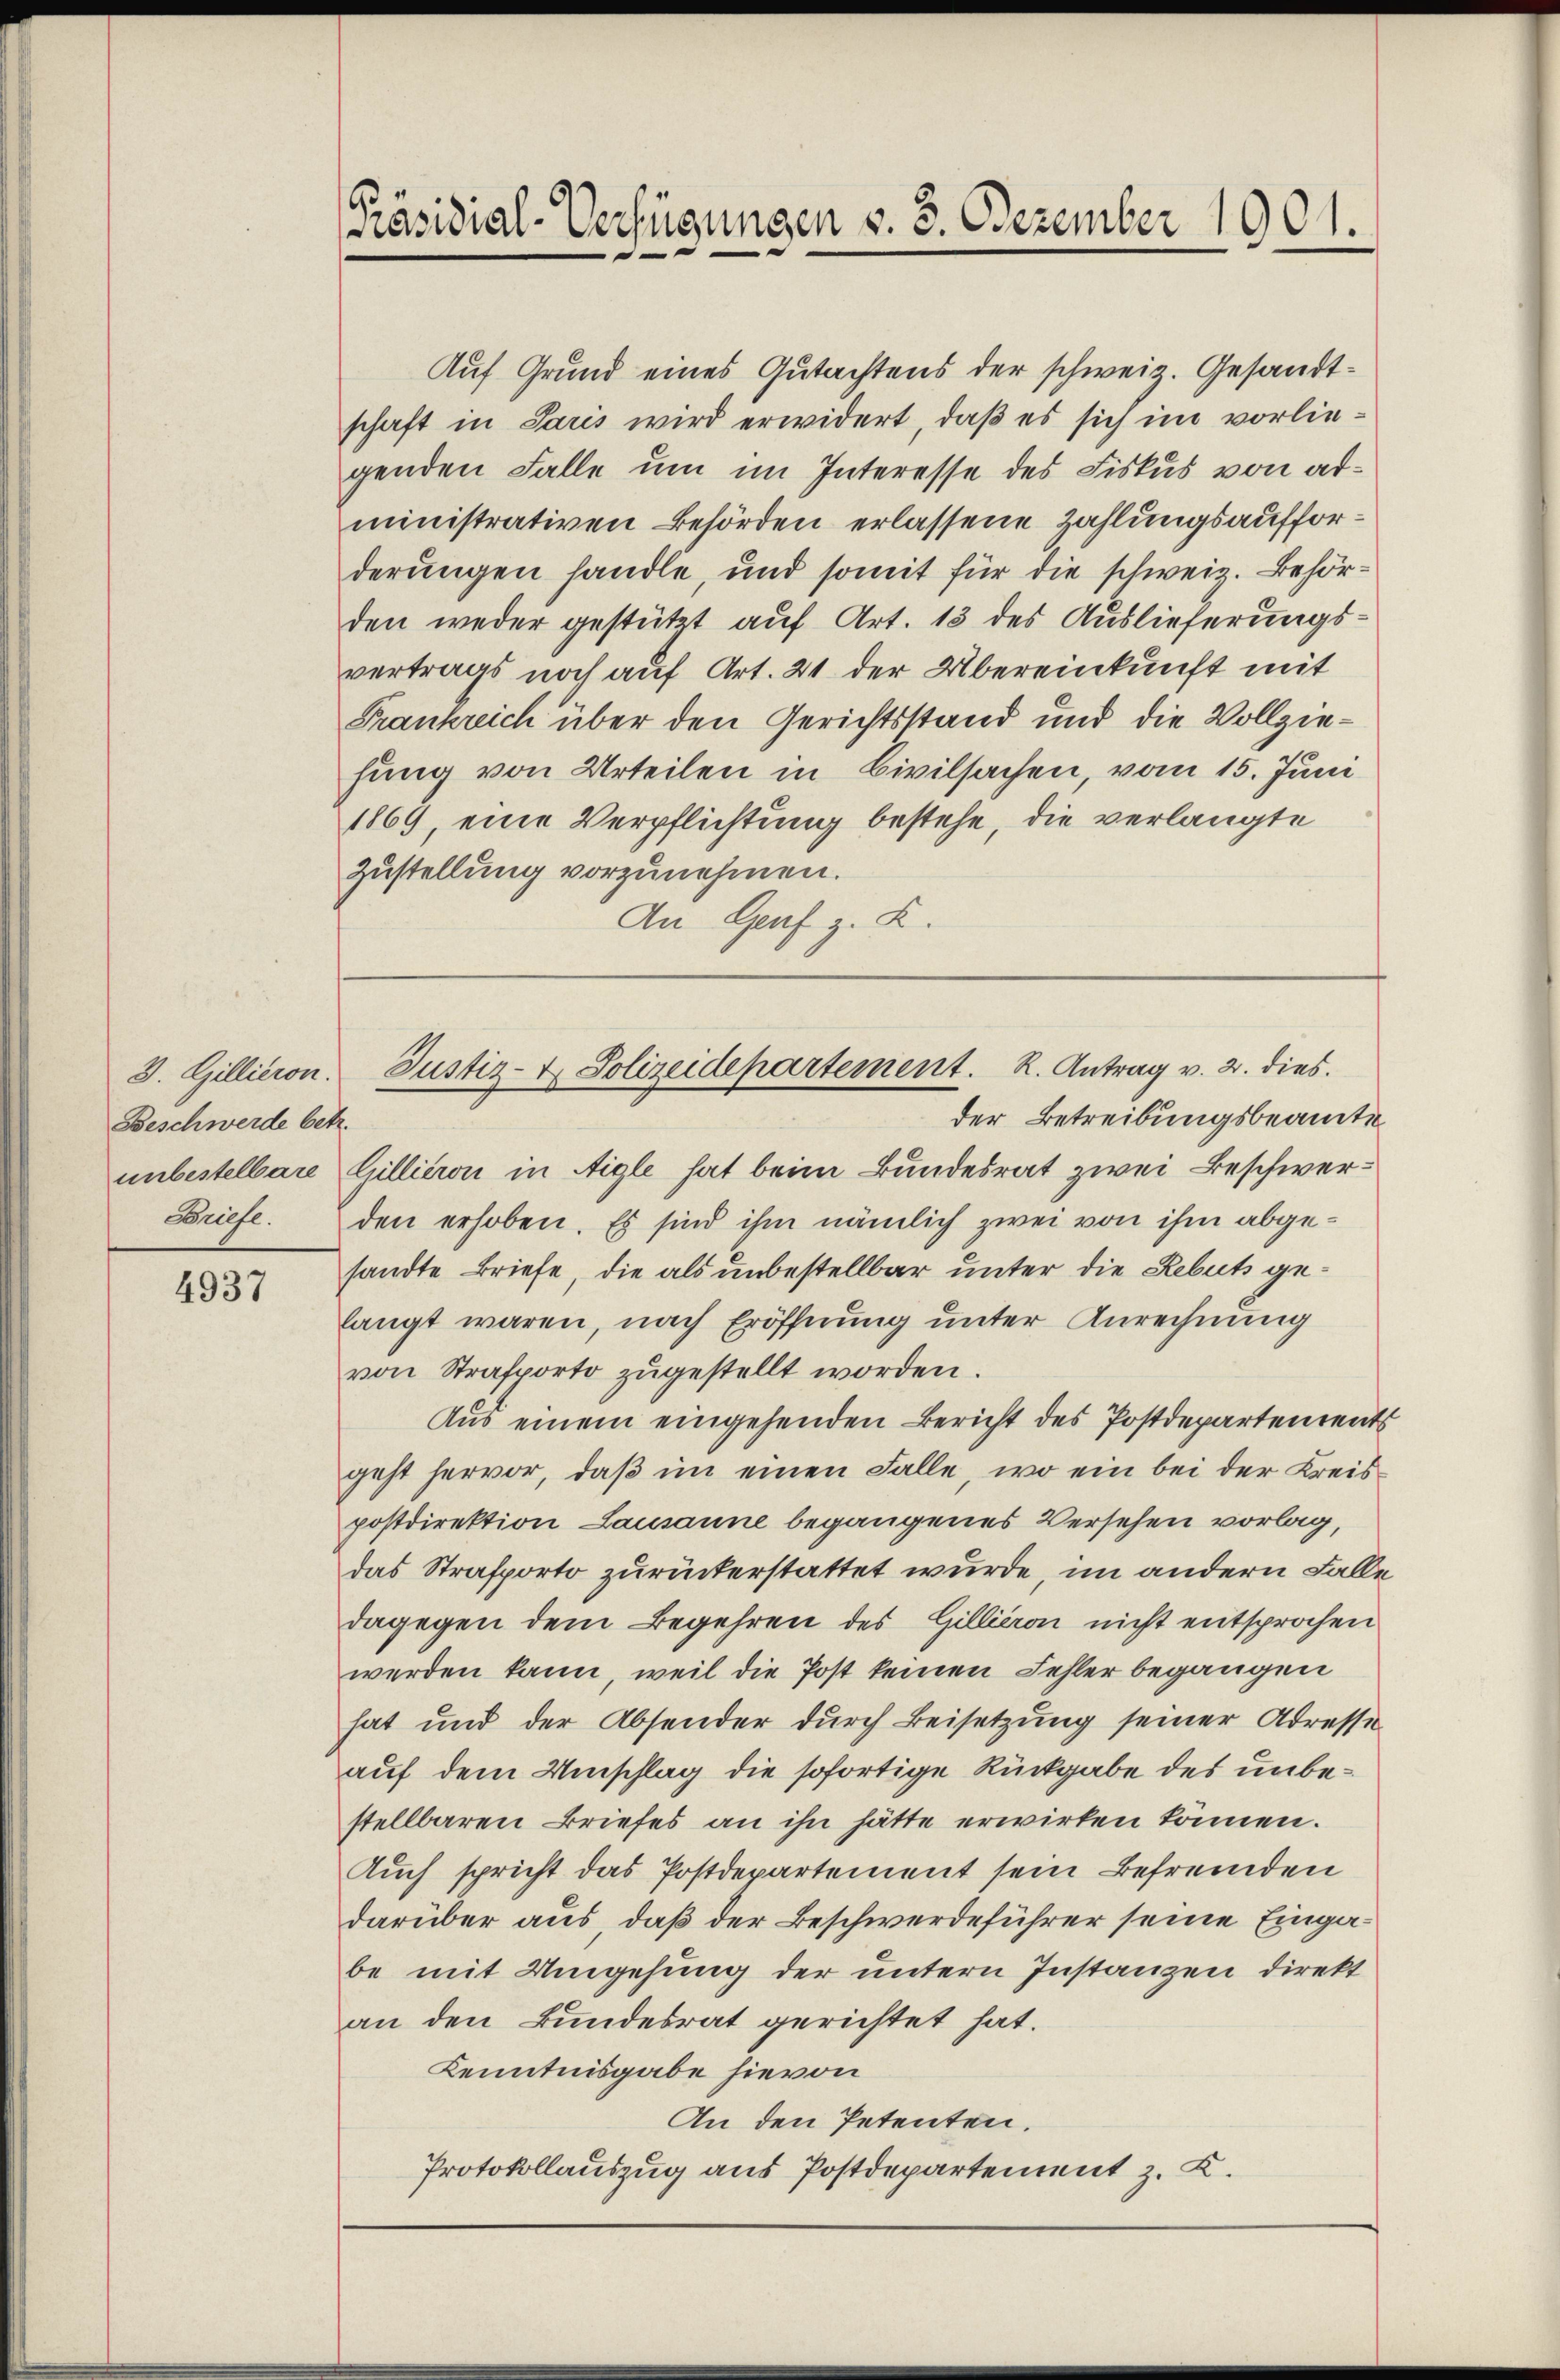
Beschwerde betr.
Briefe.

4937

Auf Grund eines Gutachtens der schweiz. Gesandtschaft in Paris wird erwidert, daß es sich im vorliegenden Falle um im Interesse des Fiskus von administrativen Behörden erlassene Zahlungsaufforderungen handle, und somit für die schweiz. Behörden weder gestützt auf Art. 13 des Auslieferungsvertrags noch auf Art. 21 der Übereinkunft mit
Frankreich über den Gerichtsstand und die Vollziehung von Urteilen in Civilsachen, vom 15. Juni
1869, eine Verpflichtung bestehe, die verlangte
Zustellung vorzunehmen.
An Genf z. Z.

der Betreibungsbeamte
unbestelbare Gillieron in Aigle hat beim Bundesrat zwei Beschwerden erhoben. Es sind ihm nämlich zwei von ihm abgesandte Briefe, die als unbestellbar unter die Rebuts gelangt waren, nach Eröffnung unter Anrechnung
von Strafporto zugestellt worden.
Aus einem eingehenden Bericht des Postdepartenrents
geht hervor, daß im einen Falle, wo ein bei der Kreispostdirektion Lausanne begangenes Versehen vorlag,
das Strafporto zurückerstattet wurde, im andern Falle
dagegen dem Begehren des Gillieron nicht entsprochen
werden kann, weil die Post keinen Fehler begangen
hat und der Absender dŭrch Beisetzung seiner Adresse
auf dem Umschlag die sofortige Rückgabe des unbestellbaren Briefes an ihn hätte erwirken können.
Auch spricht das Postdepartement sein Befremden
darüber aus, daß der Beschwerdeführer seine Eingabe mit Umgehung der untern Instanzen direkt
an den Bundesrat gerichtet hat.
Kenntnisgabe hievon
An den Petenten.
Protokollauszug aus Postdepartement z. K.

Präsidial-Verfügungen v. 3. Dezember 1901.

3. Gillieron. Justiz- & Polizeidepartement. R. Antrag v. 2. dies